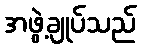
အဖွဲ့ချုပ်သည်